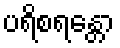
ပရိစရန္တော